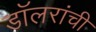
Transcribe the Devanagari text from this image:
डॉलरांची